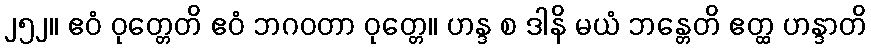
၂၅၂။ ဧဝံ ဝုတ္တေတိ ဧဝံ ဘဂဝတာ ဝုတ္တေ။ ဟန္ဒ စ ဒါနိ မယံ ဘန္တေတိ ဧတ္ထ ဟန္ဒာတိ